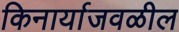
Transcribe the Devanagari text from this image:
किनार्याजवळील